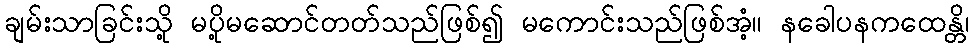
ချမ်းသာခြင်းသို့ မပို့မဆောင်တတ်သည်ဖြစ်၍ မကောင်းသည်ဖြစ်အံ့။ နခေါပနကထေန္တိ၊